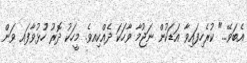
އެބަވޭ..." ކުރެހިފައިވާ އަޑަކުން ނަޖުމާ ވާހަކަ ދެއްކިއވެ. މީހަކު ދޮރު ހުުޅުވާފައ ވަން